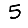
Digit: 5